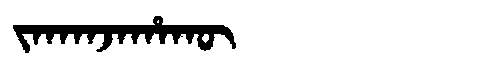
Manchu: ᠵᠠᡴᠠᠨᠵᠠᡥᠠᡴᡡ
Romanization: JAKANJAHAKŪ